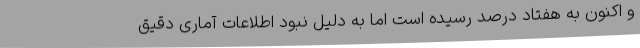
و اکنون به هفتاد درصد رسیده است اما به دلیل نبود اطلاعات آماری دقیق